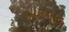
બાબરા